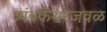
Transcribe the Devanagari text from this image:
त्र्यंबकेश्वरजवळ